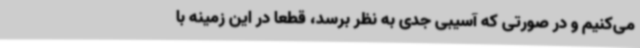
می‌کنیم و در صورتی که آسیبی جدی به نظر برسد، قطعا در این زمینه با